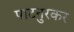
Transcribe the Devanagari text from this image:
पाटनुरकर